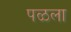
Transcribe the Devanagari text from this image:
पळला